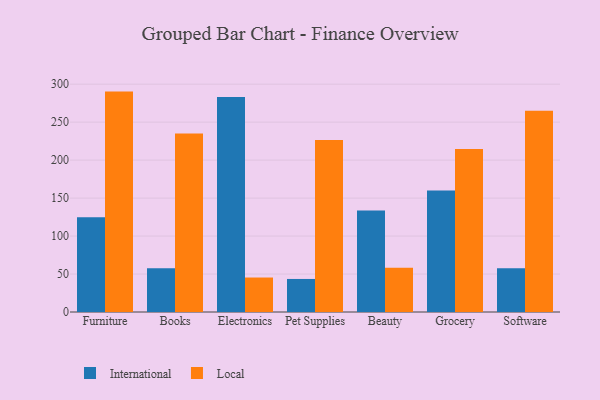
{"axis": {"x": "Category", "y": "Conversion Rate (%)"}, "legend": ["International", "Local"], "data": [{"x": "Furniture", "y": 124.7, "type": "International"}, {"x": "Furniture", "y": 290.2, "type": "Local"}, {"x": "Books", "y": 57.6, "type": "International"}, {"x": "Books", "y": 234.9, "type": "Local"}, {"x": "Electronics", "y": 283.0, "type": "International"}, {"x": "Electronics", "y": 45.4, "type": "Local"}, {"x": "Pet Supplies", "y": 43.5, "type": "International"}, {"x": "Pet Supplies", "y": 226.5, "type": "Local"}, {"x": "Beauty", "y": 133.7, "type": "International"}, {"x": "Beauty", "y": 58.2, "type": "Local"}, {"x": "Grocery", "y": 159.9, "type": "International"}, {"x": "Grocery", "y": 214.5, "type": "Local"}, {"x": "Software", "y": 57.7, "type": "International"}, {"x": "Software", "y": 264.9, "type": "Local"}]}